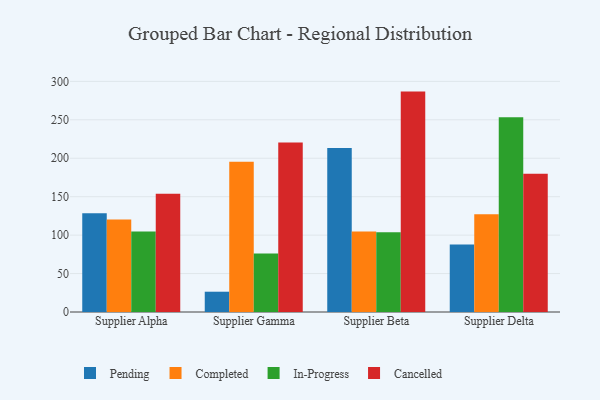
{"axis": {"x": "Supplier", "y": "Conversion Rate (%)"}, "legend": ["Cancelled", "Completed", "In-Progress", "Pending"], "data": [{"x": "Supplier Alpha", "y": 128.6, "type": "Pending"}, {"x": "Supplier Alpha", "y": 120.3, "type": "Completed"}, {"x": "Supplier Alpha", "y": 104.6, "type": "In-Progress"}, {"x": "Supplier Alpha", "y": 153.8, "type": "Cancelled"}, {"x": "Supplier Gamma", "y": 26.4, "type": "Pending"}, {"x": "Supplier Gamma", "y": 195.6, "type": "Completed"}, {"x": "Supplier Gamma", "y": 76.2, "type": "In-Progress"}, {"x": "Supplier Gamma", "y": 220.6, "type": "Cancelled"}, {"x": "Supplier Beta", "y": 213.3, "type": "Pending"}, {"x": "Supplier Beta", "y": 104.7, "type": "Completed"}, {"x": "Supplier Beta", "y": 103.7, "type": "In-Progress"}, {"x": "Supplier Beta", "y": 286.7, "type": "Cancelled"}, {"x": "Supplier Delta", "y": 87.8, "type": "Pending"}, {"x": "Supplier Delta", "y": 127.0, "type": "Completed"}, {"x": "Supplier Delta", "y": 253.3, "type": "In-Progress"}, {"x": "Supplier Delta", "y": 179.9, "type": "Cancelled"}]}